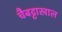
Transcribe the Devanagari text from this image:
चैबट्टाखाल